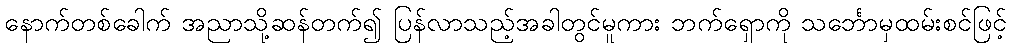
နောက်တစ်ခေါက် အညာသို့ဆန်တက်၍ ပြန်လာသည့်အခါတွင်မူကား ဘက်ရှောကို သင်္ဘောမှထမ်းစင်ဖြင့်